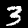
Label: 3